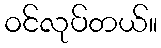
ဝင်လုပ်တယ်။